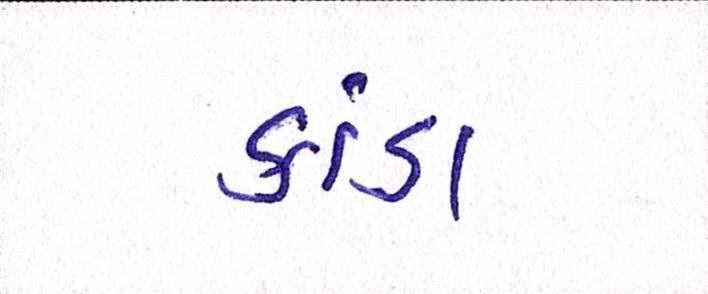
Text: કાંડા